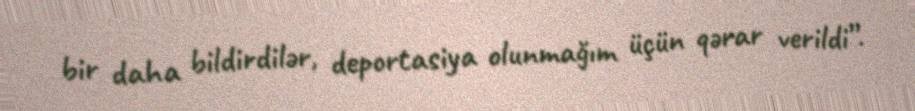
bir daha bildirdilər, deportasiya olunmağım üçün qərar verildi”.